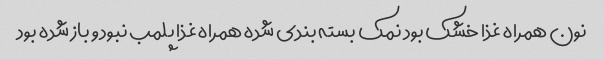
نون همراه غذا خشک بود نمک بسته بندی شده همراه غذا پلمب نبود و باز شده بود